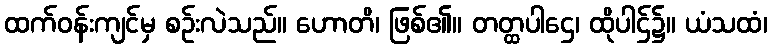
ထက်ဝန်းကျင်မှ စဉ်းလဲသည်။ ဟောတိ၊ ဖြစ်၏။ တတ္ထပါဌေ၊ ထိုပါဌ်၌။ ယံသထံ၊